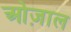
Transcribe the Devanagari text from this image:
ओज़ाल